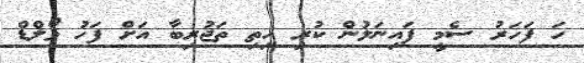
ހަ ފަހަރު ސެމީ ފައިނަލުން ކުރި ހިތި ތަޖުރިބާ އަށް ފަހު ވޯލްޑް